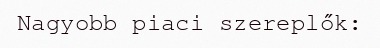
Nagyobb piaci szereplők: